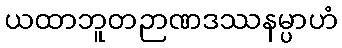
ယထာဘူတဉာဏဒဿနမ္ပာဟံ